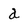
Character: a